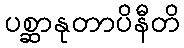
ပစ္ဆာနုတာပိနီတိ